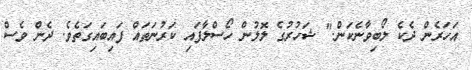
އަހަރެން ދެކެ ލޯބިވާނެކަން." ޝަހުރުގެ ލޮލުން ހޯސްލާފައި ކަރުނަތައް ފައިބައިގަތެވެ. ދެން ވެސް